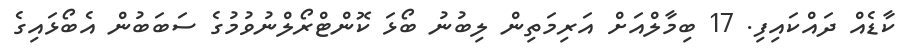
ކާޑެއް ދައްކައިފި. 17 ބިމާލްއަށް އަރިމަތިން ލިބުނު ބޯޅަ ކޮންޓްރޯލްނުވުމުގެ ސަބަބުން އެބޯޅައިގެ